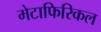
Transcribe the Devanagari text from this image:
मेटाफिरिकल